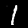
Digit: 1